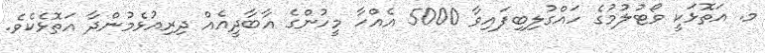
މ. އަތޮޅަކީ ވޯޓުލުމުގެ ހައްގުލިބިފައިވާ 5000 އެއްހާ މީހުންގެ އާބާދީއެއް ދިރިއުޅެމުންދާ އަތޮޅެކެވެ.